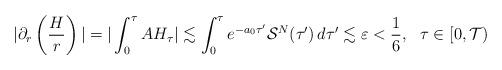
LaTeX: \begin{align*}| \partial_r \left(\frac{H}{r} \right) | = | \int_0^\tau A H_\tau | \lesssim \int_0^\tau e^{-a_0\tau'} \mathcal{S}^N(\tau')\,d\tau' \lesssim \varepsilon <\frac16, \ \ \tau\in[0,\mathcal T) \end{align*}